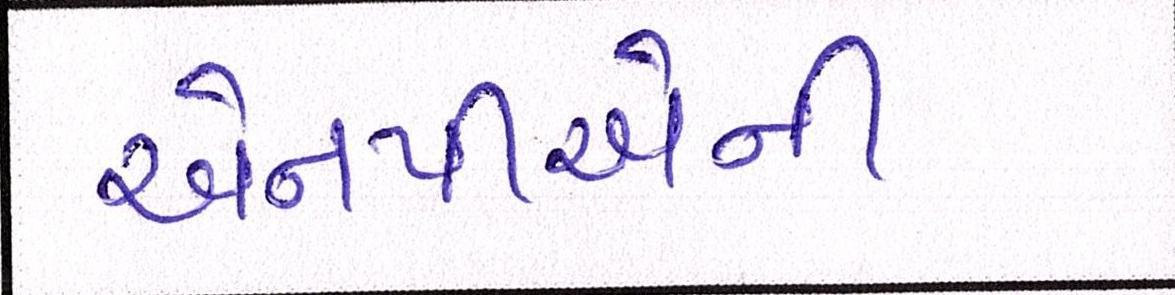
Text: એનપીએની